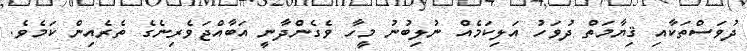
ދުވަސްތަކާއި ޤިޔާމަތް ދުވަހު އަލިކަމެއް ނުލިބުނު މީހާ ވެގެންދާނީ އަބާއްޖަވެރިނެގެ ތެރެއިން ކަމެވެ.